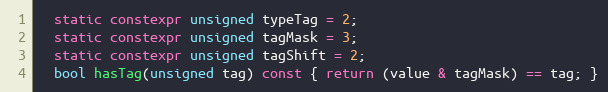
Language: C++
  static constexpr unsigned typeTag = 2;
  static constexpr unsigned tagMask = 3;
  static constexpr unsigned tagShift = 2;
  bool hasTag(unsigned tag) const { return (value & tagMask) == tag; }